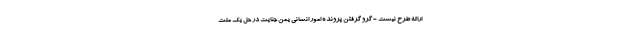
ارائه طرح نیست - گرو گرفتن پرونده امور انسانی یمن جنایت در حل یک ملت